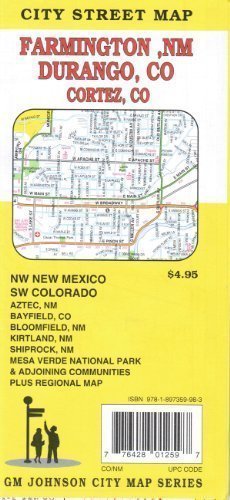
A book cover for Farmington, NM;Durango/Cortez, CO; G.M. Johnson; Travel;